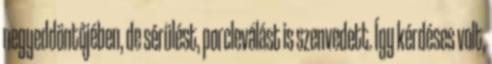
negyeddöntőjében, de sérülést, porcleválást is szenvedett. Így kérdéses volt,